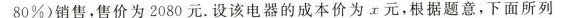
80%)销售，售价为2080元。设该电器的成本价为x元，根据题意，下面所列